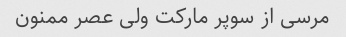
مرسی از سوپر مارکت ولی عصر ممنون